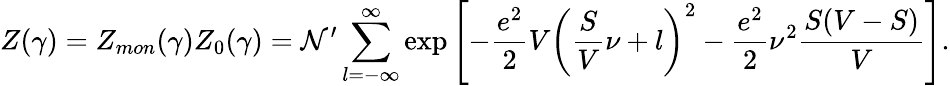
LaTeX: Z(\gamma)=Z_{mon}(\gamma)Z_{0}(\gamma)={\cal\mathcal{N}}^{\prime}\sum_{l=-\infty}^{\infty}\exp\left[-\frac{{e^{2}}}{{2}}V\left(\frac{{S}}{{V}}\nu+l\right)^{2}-\frac{{e^{2}}}{{2}}\nu^{2}\frac{{S(V-S)}}{{V}}\right].